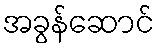
အခွန်ဆောင်